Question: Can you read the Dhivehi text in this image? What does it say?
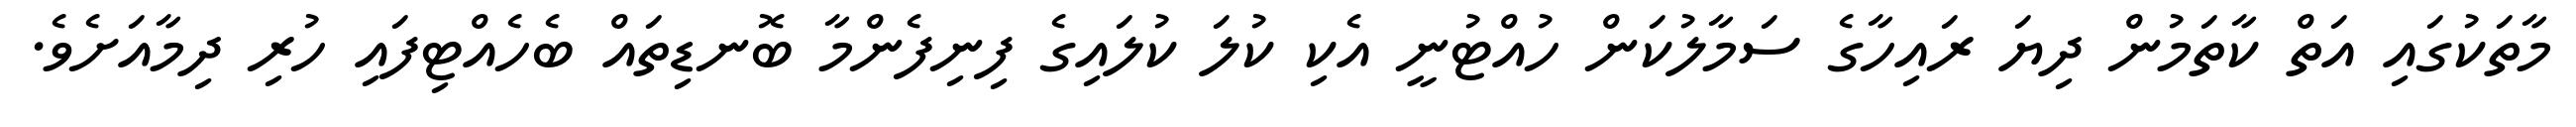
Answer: މާތަކުގައި އަތް ކާތަމުން ދިޔަ ރައިހާގެ ސަމާލުކަން ހުއްޓުނީ އެކި ކުލަ ކުލައިގެ ފިނިފެންމާ ބޮނޑިތައް ބެހެއްޓިފައި ހުރި ދިމާއަށެވެ.